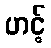
ဟင့်